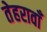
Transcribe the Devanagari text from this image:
तेहरावाँ